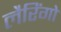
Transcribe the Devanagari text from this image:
लैरिंगो